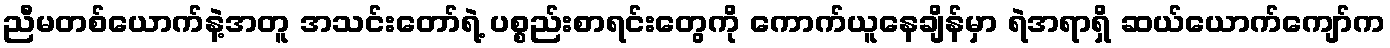
ညီမတစ်ယောက်နဲ့အတူ အသင်းတော်ရဲ့ ပစ္စည်းစာရင်းတွေကို ကောက်ယူနေချိန်မှာ ရဲအရာရှိ ဆယ်ယောက်ကျော်က